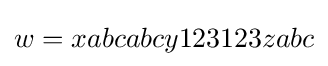
w=xabcabcy123123zabc